Document type: Oath
Year: 1447
Scribe: Pere Figuerola
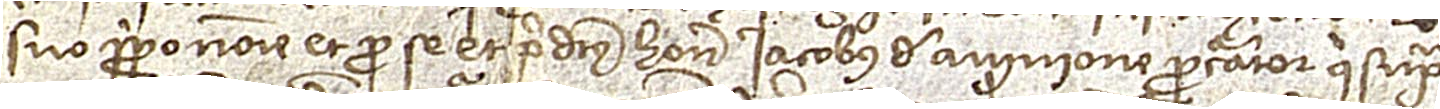
suo proprio nomine et pro se et predictus honorabilis Iacobus de Avinione, procurator qui supra